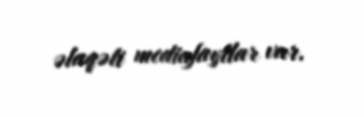
əlaqəli mediafayllar var.